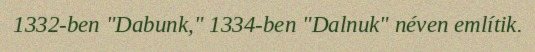
1332-ben "Dabunk," 1334-ben "Dalnuk" néven említik.